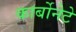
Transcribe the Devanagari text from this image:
कार्बोनेटे